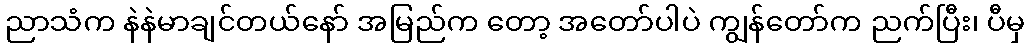
ညာသံက နဲနဲမာချင်တယ်နော် အမြည်က တော့ အတော်ပါပဲ ကျွန်တော်က ညက်ပြီး၊ ပီမှ